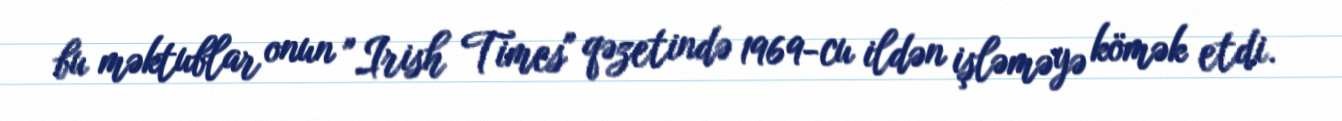
bu məktublar onun "Irish Times" qəzetində 1969-cu ildən işləməyə kömək etdi.